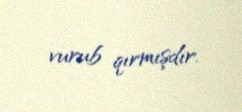
vurub qırmışdır.